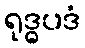
ရုဒ္ဓပဒံ